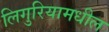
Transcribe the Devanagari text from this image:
लिगुरियामधील